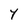
Character: Y